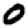
Digit: 0